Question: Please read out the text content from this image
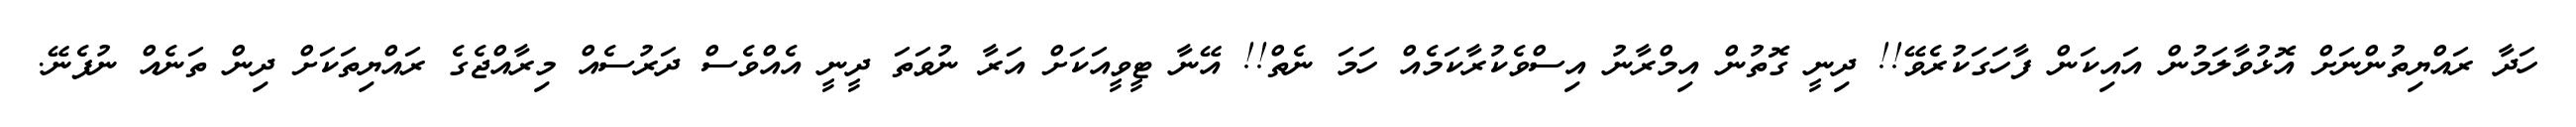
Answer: ހަދާ ރައްޔިތުންނަށް އޮޅުވާލަމުން އައިކަން ފާހަގަކުރެވޭ!! ދިނީ ގޮތުން އިމްރާނު އިސްވެކުރާކަމެއް ހަމަ ނެތް!! އޭނާ ޓީވީއަކަށް އަރާ ނުވަތަ ދީނީ އެއްވެސް ދަރުސެއް މިރާއްޖެގެ ރައްޔިތަކަށް ދިން ތަނެއް ނުފެނޭ.